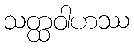
သတ္ထဝါဟဿ